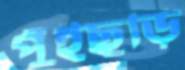
পুঁইছড়ি